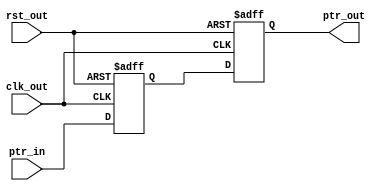
module sync_ptr #(
					parameter PTR_WITH = 0
)
(
		//input clk_in,
		//input rst_in,
		input [PTR_WITH:0] ptr_in,

		input clk_out,
		input rst_out,
		output [PTR_WITH:0] ptr_out
);

reg [PTR_WITH:0] __ptr_out ;
reg [PTR_WITH:0] _ptr_out ;
assign ptr_out = _ptr_out ;

always @(posedge clk_out or posedge rst_out) 
begin
	if (rst_out) 
		__ptr_out <= {PTR_WITH{1'b0}} ;
	else
		__ptr_out <= ptr_in ;
end

always @(posedge clk_out or posedge rst_out) 
begin
	if (rst_out) 
		_ptr_out <= {PTR_WITH{1'b0}} ;
	else
		_ptr_out <= __ptr_out ;
end
endmodule